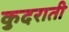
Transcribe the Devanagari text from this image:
कुदराती